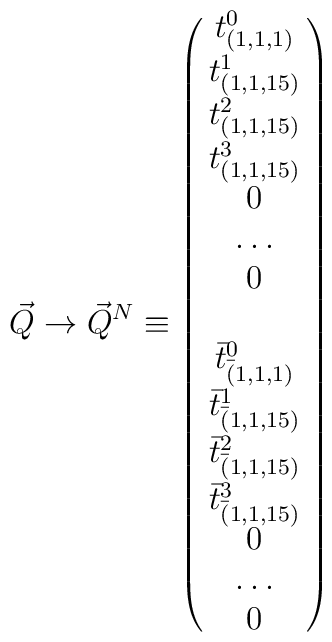
{\vec Q}\rightarrow {\vec Q}^N \equiv \left(\matrix { t^0_{(1,1,1)}\cr t^1_{(1,1,15)}\cr t^2_{(1,1,15)}\cr t^3_{(1,1,15)}\cr 0\cr\dots \cr 0 \cr  \cr {\bar t}^0_{{\bar (1,1,1)}}\cr {\bar t}^1_{{\bar (1,1,15)}} \cr{\bar t}^2_{{\bar (1,1,15)}}\cr {\bar t}^3_{{\bar (1,1,15)}}\cr 0 \cr\dots \cr 0 \cr  } \right)